King Institute of Preventive Medicine Micro-Biological Section reports 1909-11
Year: 1909
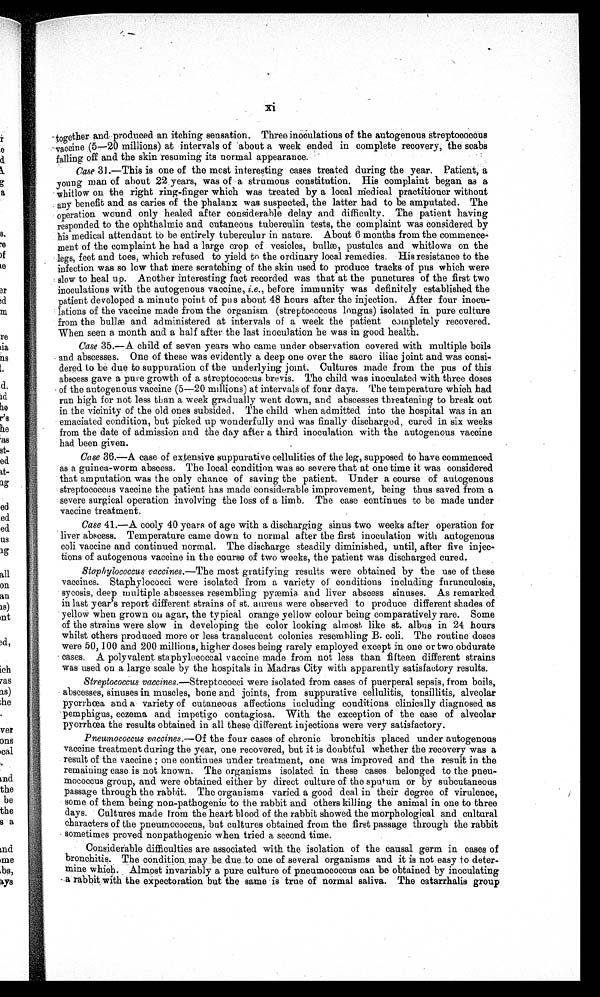
Xi
together and produced an itching sensation. Three inoculations of the autogenous streptococcus
vaccine (5—20 millions) at intervals of about a week ended in complete recovery, the scabs
falling off and the skin resuming its normal appearance.
Case 31.-This is one of the most interesting cases treated during the year. Patient, a
young man of about 22 years, was of a strumous constitution. His complaint began as a
whitlow on the right ring-finger which was treated by a local medical practitioner without
any benefit and as caries of the phalanx was suspected, the latter had to be amputated. The
operation wound only healed after considerable delay and difficulty. The patient having
responded to the ophthalmic and cutaneous tuberculin tests, the complaint was considered by
his medical attendant to be entirely tuberculur in nature. Abo ut 6 months from the commence--
ment of the complaint he had a large crop of vesicles, bulk æ , pustules and whitlows on the
legs, feet and toes, which refused to yield to the ordinary local remedies. His resistance to the
infection was so low that mere scratching of the skin used to produce tracks of pus which were
slow to heal up. Another interesting fact recorded was that at the punctures of the first two
inoculations with the autogenous vaccine, i.e., before immunity was definitely established the
patient developed a minute point of pus about 48 hours after the injection. After four inocu-
-lations of the vaccine made from the organism (streptococcus longus) isolated in pure culture
from the bullæ and administered at intervals of a week the patient completely recovered.
When seen a month and a half after the last inoculation be was in good health.
Case 35.—A child of seven years who came under observation covered with multiple boils
and abscesses. One of these was evidently a deep one over the sacro iliac joint and was consi-
dered to be due to suppuration of the underlying joint. Cultures made from the pus of this
abscess gave a pure growth of a streptococcus brevis. The child was inoculated with three doses
of the autogenous vaccine (5—20 millions) at intervals of four days. The temperature which had
run high for not less than a week gradually went down, and abscesses threatening to break out
in the vicinity of the old ones subsided. The child when admitted into the hospital was in an
emaciated condition, but picked up wonderfully and was finally discharged, cured in six weeks
from the date of admission and the day after a third inoculation with the antogenous vaccine
had been given.
Case 36.—A case of extensive suppurative cellulities of the leg, supposed to have commenced
as a guinea-worm abscess. The local condition was so severe that at one time it was considered
that amputation was the only chance of saving the patient. Under a course of autogenous
streptococcus vaccine the patient has made considerable improvement, being thus saved from a
severe surgical operation involving the loss of a limb. The case continues to be made under
vaccine treatment.
Case 41.—A cooly 40 years of age with a discharging sinus two weeks after operation for
liver abscess. Temperature came down to normal after the first inoculation with autogenons
colic vaccine and continued normal. The discharge steadily diminished, until, after five injec-
tions of autogenous vaccine in the course of two weeks, the patient was discharged cured.
St aphyl ococcus vacci nes. — T h e
m o s t g r a t i f y i n g r e s u l t s w e r e o b t a i n e d b y t h e u s e o f t h e s e
vaccines. Staphylococci were isolated from a variety of conditions including furunculosis,
sycosis, deep multiple abscesses resembling pyæmia and liver abscess sinuses. As remarked
in last year's report different strains of st. anreus were observed to produce different shades of
yellow when grown on agar, the typical orange yellow colour being comparatively rare. Some
of the strains were slow in developing the color looking almost like st. albums in 24 hours
whilst others produced more or less translucent colonies resembling B. coli. The routine doses
were 50, 100 and 200 millions, higher doses being rarely employed except in one or two obdurate
cases. A polyvalent staphylococcal vaccine made from not less than fifteen different strains
was used on a large scale by the hospitals in Madras City with apparently satisfactory results.
Streptococcus vaccines .—Streptococci were isolated from cases of puerperal sepsis, from boils,
abscesses, sinuses in muscles, bone and joints, from suppurative cellulitis, tonsillitis, alveolar
pyorrhoea and a variety of cutaneous affections including conditions clinically diagnosed as
pemphigus, eczema and impetigo contagiosa. With the exception of the case of alveolar
pyorrhœ a the results obtained in all these different injections were very satisfactory.
Pneumococcus vaccines.—Of the four cases of chronic bronchitis placed under autogenous
vaccine treatment during the year, one recovered, but it is doubtful whether the recovery was a
result of the vaccine one continues under treatment, one was improved and the result in the
remaining case is not known. The organisms isolated in these cases belonged to the pneu-
- m o c o c c u s g r o u p , a n d w e r e o b t a i n e d e i t h e r b y d i r e c t c u l t u r e o f t h e s p u t u m o r b y s u b c u t a n e o u s
passage through the rabbit. The organisms varied a good deal in their degree of virulence,
some of them being non-pathogenic to the rabbit and others killing the animal in one to three
days. Cultures made from the heart blood of the rabbit showed the morphological and cultural
characters of the pneumecoccus, but cultures obtained from the first passage through the rabbit
sometimes proved nonpathogenic when tried a second time.
Considerable difficulties are associated with the isolation of the causal germ in cases of
bronchitis. The condition may be due to one of several organisms and it is not easy to deter--
mine which. Almost invariably a pure culture of pneumecoccus can be obtained by inoculating
a rabbit with the expectoration but the same is true of normal saliva. The catarrhalis group